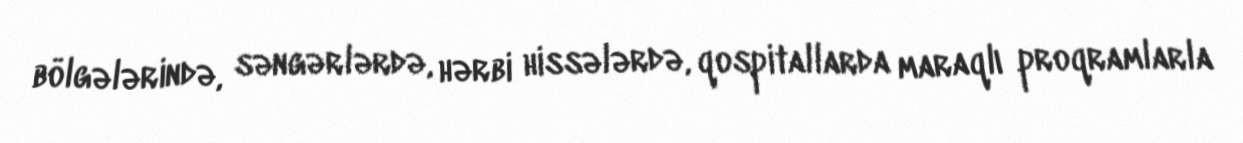
bölgələrində, səngərlərdə, hərbi hissələrdə, qospitallarda maraqlı proqramlarla